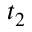
t _ { 2 }